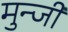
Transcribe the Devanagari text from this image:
मुन्जी